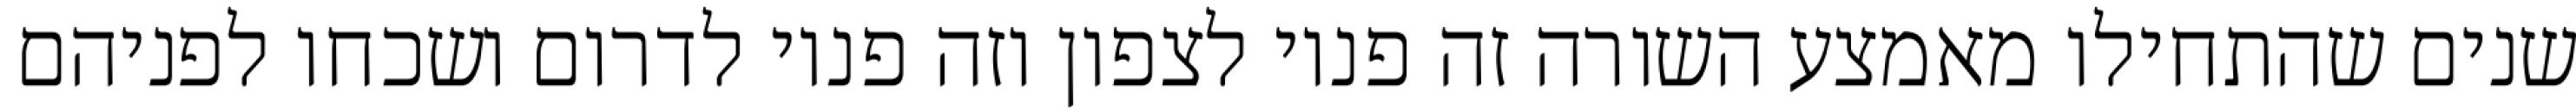
שנים שהתחילו מאמצע השורה זה פניו לצפון וזה פניו לדרום ושכחו לפניהם